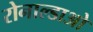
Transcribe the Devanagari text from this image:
रोनाल्डाओ